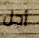
أجل